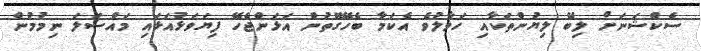
ސެކްޝަނަށް ލިބޭ ލިޔުންތަކާއި ހަވާލުވެ އެކަމާ ބެހޭގޮތުން އަޅަންޖެހޭ ފިޔަވަޅުއަޅައި މައްސަލަ ނިމުމުން